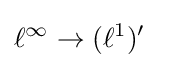
{\begin{aligned}\ell ^{\infty }&\to ({\ell ^{1}})'\end{aligned}}